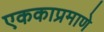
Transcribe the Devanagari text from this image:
एककाप्रमाणे